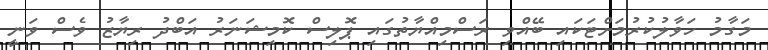
މަގާމު ހަވާލުކުރުމަށްޓަކައި ބޭއްވި ރަސްމިއްޔާތުގައި ޕޮލިސް ކޮމިޝަނަރު އަބްދު ރިޔާޒު ވެސް ވަނީ